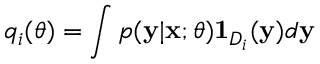
q _ { i } ( \theta ) = \int p ( \mathbf { y } \vert \mathbf { x } ; \theta ) \mathbf { 1 } _ { D _ { i } } ( \mathbf { y } ) d \mathbf { y }